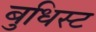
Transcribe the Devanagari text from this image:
बुधिस्ट